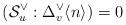
LaTeX: \begin{align*} (\mathcal{S}_u^\vee : \Delta_v^\vee \langle n \rangle) = 0 \end{align*}